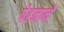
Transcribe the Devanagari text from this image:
पेहनाने